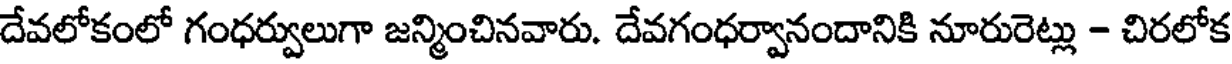
దేవలోకంలో గంధర్వులుగా జన్మించినవారు. దేవగంధర్వానందానికి నూరురెట్లు - చిరలోక